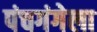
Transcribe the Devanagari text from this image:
पंचगंगेला